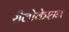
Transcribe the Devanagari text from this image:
रीलोकेशन